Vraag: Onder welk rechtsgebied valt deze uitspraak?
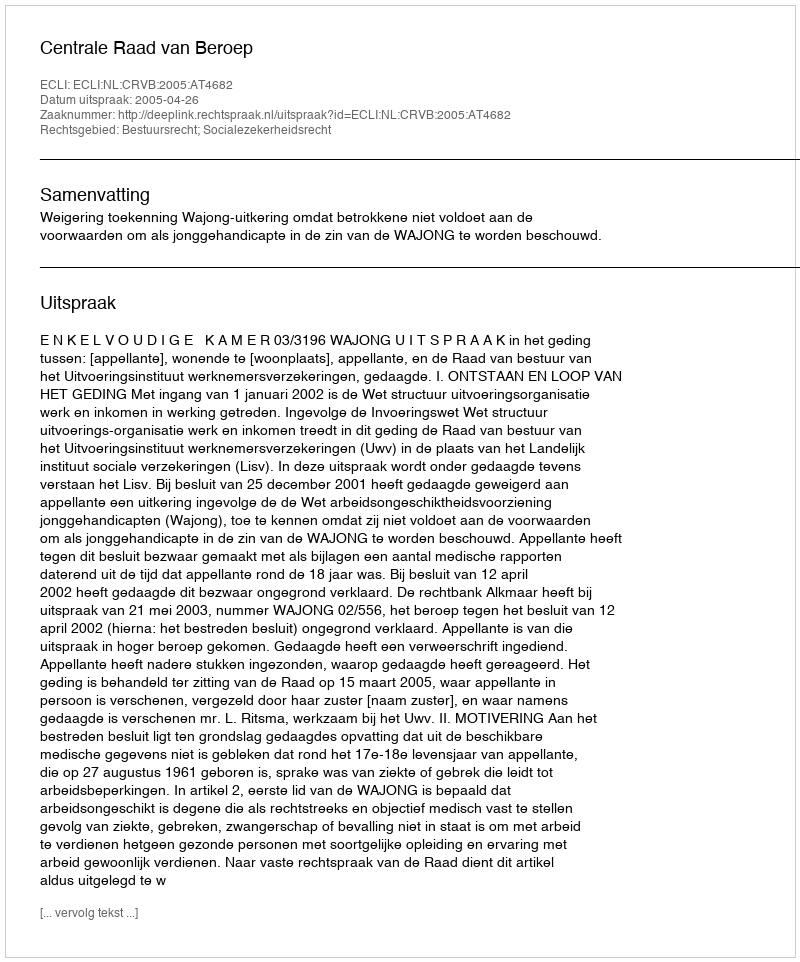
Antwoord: Bestuursrecht; Socialezekerheidsrecht